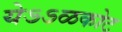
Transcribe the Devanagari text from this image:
येऽऽळकोट